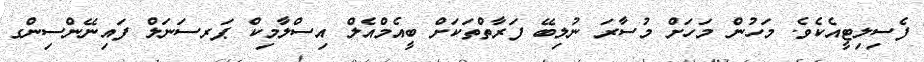
ފެސިލިޓީއެކެވެ. މަހުން މަހަށް މުސާރަ ނުލިބޭ ފަރާތްތަކަށް ބީއެމްއެލް އިސްލާމިކް ޕަރސަނަލް ފައިނޭންސިންގ